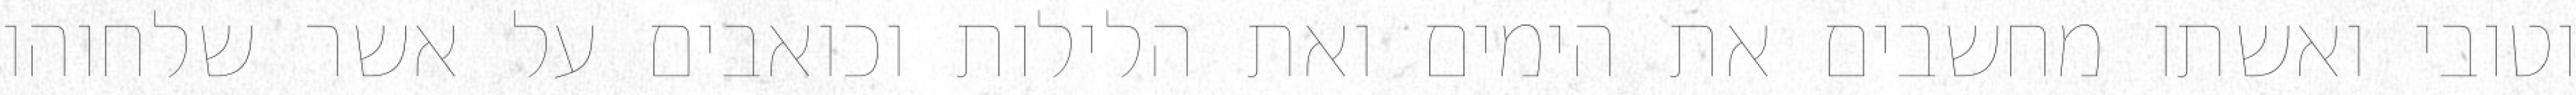
וטובי ואשתו מחשבים את הימים ואת הלילות וכואבים על אשר שלחוהו